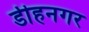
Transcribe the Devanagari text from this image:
डीहनगर